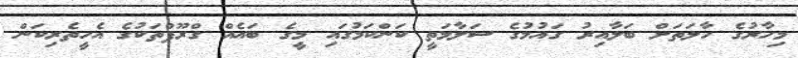
މިހާރުގެ ހާލަތަށް ބަލާއިރު ގައުމުގެ ސަލާމަތީ ކަންކަމުގައި މީގެ ބައެއް ގްރޫޕްތަކުގެ އެހީތެރިކަން